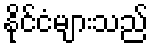
နိုင်ငံများသည်